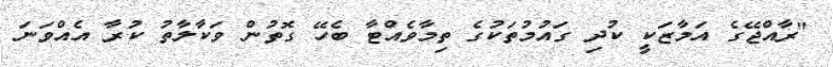
"ރާއްޖޭގެ އަމާޒަކީ ކުދި ގައުމުތަކުގެ ތިމާވެއްޓާ ބެހޭ ގޮތުން ވަކާލާތު ކުރާ އެއްވަނަ